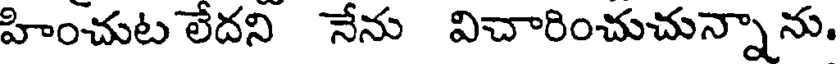
హించుట లేదని నేను విచారించుచున్నాను.